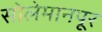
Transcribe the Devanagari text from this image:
सोलेमानपूर